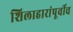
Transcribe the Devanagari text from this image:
शिलाहारांपूर्वीच